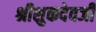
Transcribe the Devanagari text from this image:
श्रीशुकदेवजी